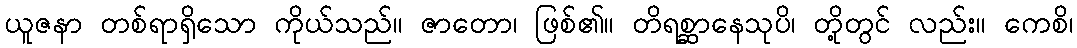
ယူဇနာ တစ်ရာရှိသော ကိုယ်သည်။ ဇာတော၊ ဖြစ်၏။ တိရစ္ဆာနေသုပိ၊ တို့တွင် လည်း။ ကေစိ၊